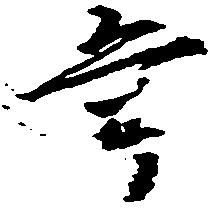
年